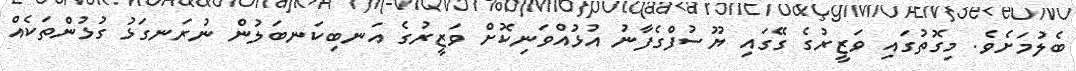
ބެލުމަށެވެ. މިގޮތުގައި ވަޒީރުގެ ގޭގައި ޔޫސުފްގެފާނު އުޅުއްވަނިކޮށް ވަޒީރުގެ އަނބިކަނބަލުން ނުރަނގަޅު ގުޅުންތަކެއް